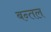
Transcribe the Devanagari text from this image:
बन्तल